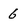
Character: 6